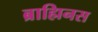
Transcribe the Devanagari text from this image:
ब्राह्मिनस